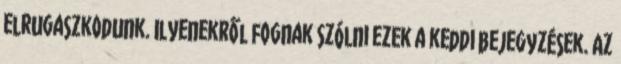
elrugaszkodunk. Ilyenekről fognak szólni ezek a keddi bejegyzések. Az